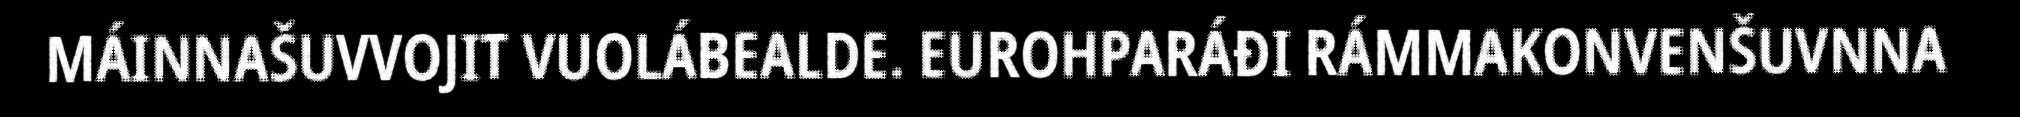
MÁINNAŠUVVOJIT VUOLÁBEALDE. EUROHPARÁĐI RÁMMAKONVENŠUVNNA